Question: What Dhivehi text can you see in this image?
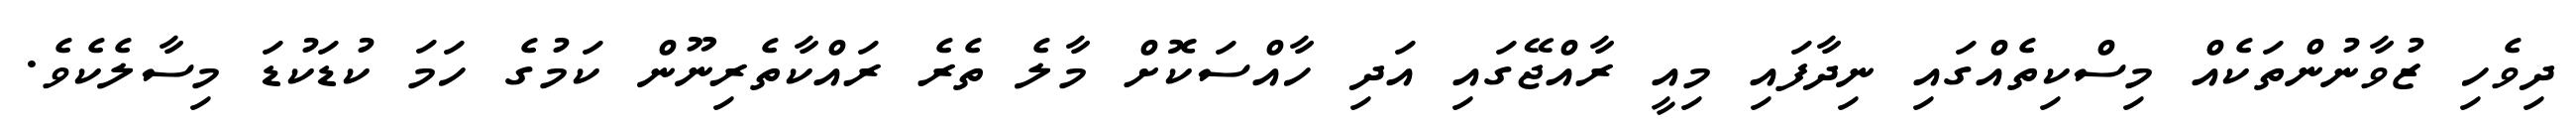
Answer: ދިވެހި ޒުވާނުންތަކެއް މިސްކިތެއްގައި ނިދާފައި މިއީ ރާއްޖޭގައި އަދި ހާއްސަކޮށް މާލެ ތެރެ ރައްކާތެރިނޫން ކަމުގެ ހަމަ ކުޑަކުޑަ މިސާލެކެވެ.